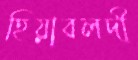
হিয়াবলদী